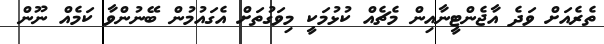
ތެރެއަށް ވަދެ އާޖެންޓީނާއިން މެޗެއް ކުޅުމަކީ މިވަގުތަށް އެގައުމުން ބޭނުންވާ ކަމެއް ނޫން